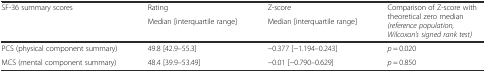
<table><thead><tr><td rowspan="2"><b>SF-36 summary scores</b></td><td><b>Rating</b></td><td><b>Z-score</b></td><td rowspan="2"><b>Comparison of Z-score with theoretical zero median <i>(reference population, Wilcoxon’s signed rank test)</i></b></td></tr><tr><td><b>Median [interquartile range]</b></td><td><b>Median [interquartile range]</b></td></tr></thead><tbody><tr><td>PCS (physical component summary)</td><td>49.8 [42.9–55.3]</td><td>−0.377 [−1.194–0.243]</td><td><i>p</i> = 0.020</td></tr><tr><td>MCS (mental component summary)</td><td>48.4 [39.9–53.49]</td><td>−0.01 [−0.790–0.629]</td><td><i>p</i> = 0.850</td></tr></tbody></table>